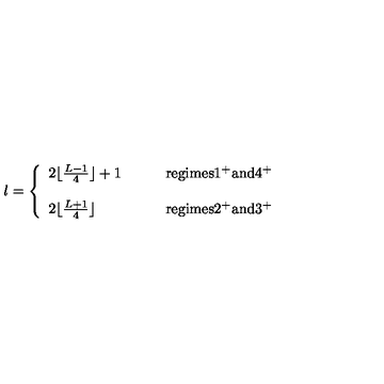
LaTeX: l = \left\{ \begin{array} { l l } { 2 \lfloor \frac { L - 1 } { 4 } \rfloor + 1 } & { \qquad \mathrm { r e g i m e s 1 ^ + a n d 4 ^ + } } \\ { } & { } \\ { 2 \lfloor \frac { L + 1 } { 4 } \rfloor } & { \qquad \mathrm { r e g i m e s 2 ^ + a n d 3 ^ + } } \\ \end{array} \right.